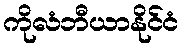
ကိုလံဘီယာနိုင်ငံ